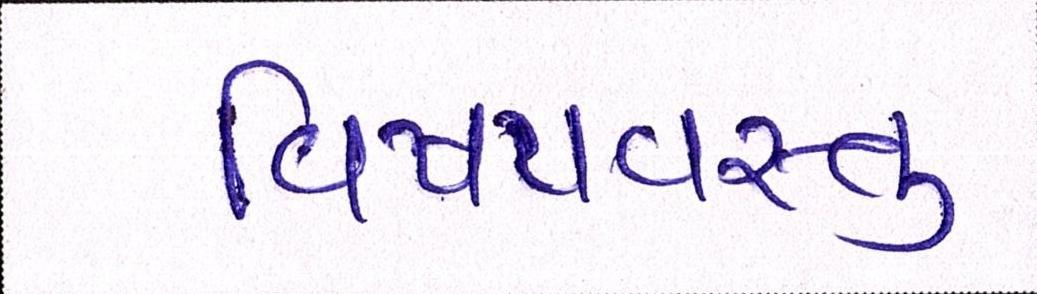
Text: વિષયવસ્તુ